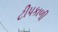
ટીપકાળી